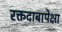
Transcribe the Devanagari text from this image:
रक्तदाबापेक्षा